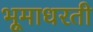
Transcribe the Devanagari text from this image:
भूमाधरती